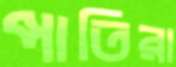
পাতিরা